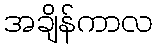
အချိန်ကာလ